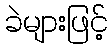
ခဲများဖြင့်